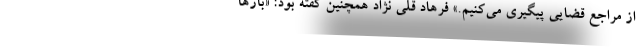
از مراجع قضایی پیگیری می‌کنیم.» فرهاد قلی نژاد همچنین گفته بود: «بارها